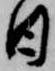
日